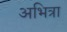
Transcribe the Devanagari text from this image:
अभित्रा